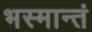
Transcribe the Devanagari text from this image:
भस्मान्तं